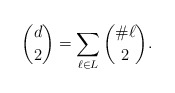
\begin{align*} \binom{d}{2}=\sum_{\ell \in L} \binom{\# \ell}{2}. \end{align*}